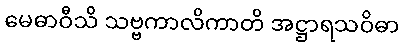
မေဓာဝီသိ သဗ္ဗကာလိကာတိ အဋ္ဌာရသဝိဓာ